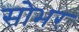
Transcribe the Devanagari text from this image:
सोभर